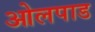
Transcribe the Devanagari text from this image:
ओलपाड